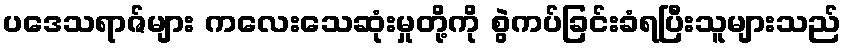
ပဒေသရာဇ်များ ကလေးသေဆုံးမှုတို့ကို စွဲကပ်ခြင်းခံရပြီးသူများသည်